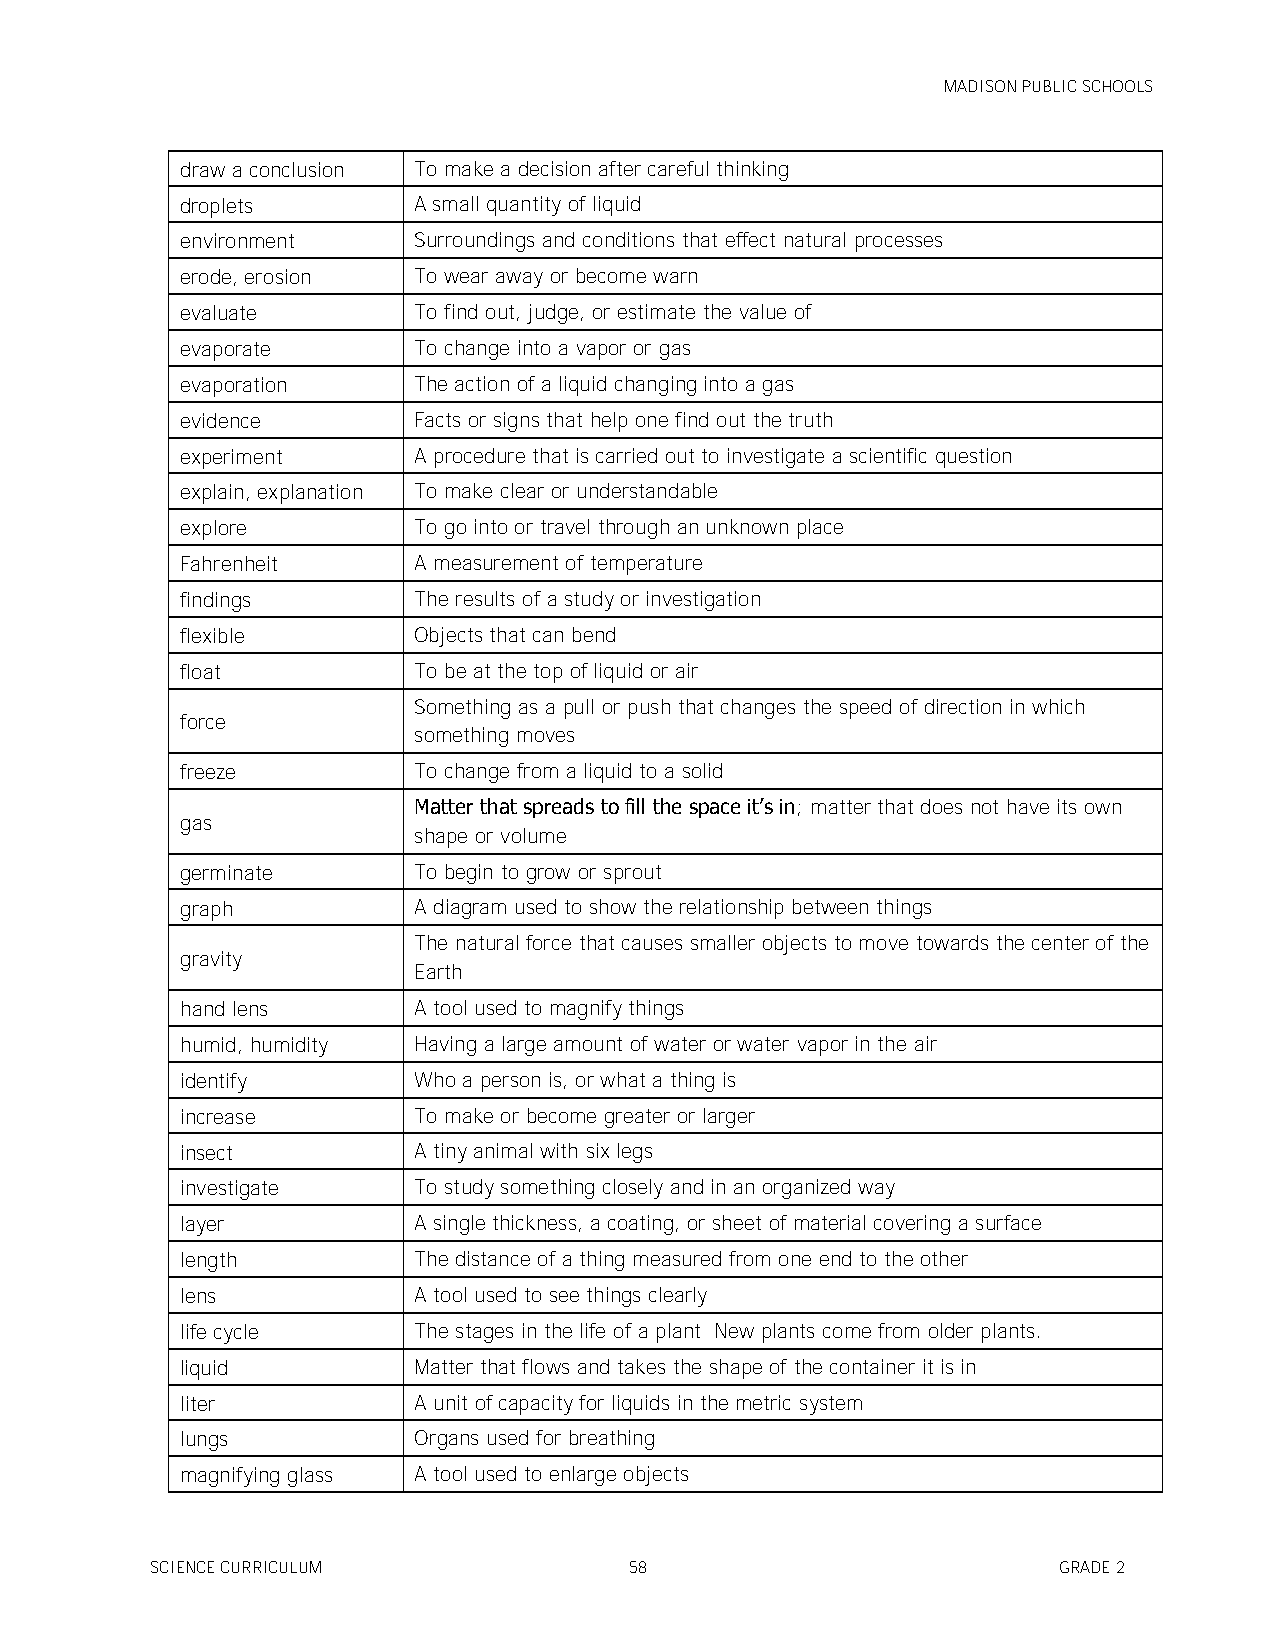
MADISON PUBLIC SCHOOLS
 draw a conclusion To make a decision after careful thinking
 droplets       A small quantity of liquid
 environment    Surroundings and conditions that effect natural processes
 erode, erosion To wear away or become warn
 evaluate       To find out, judge, or estimate the value of
 evaporate      To change into a vapor or gas
 evaporation    The action of a liquid changing into a gas
 evidence       Facts or signs that help one find out the truth
 experiment     A procedure that is carried out to investigate a scientific question
 explain, explanation To make clear or understandable
 explore        To go into or travel through an unknown place
 Fahrenheit     A measurement of temperature
 findings       The results of a study or investigation
 flexible       Objects that can bend
 float          To be at the top of liquid or air
 Something as a pull or push that changes the speed of direction in which
 force
 something moves
 freeze         To change from a liquid to a solid
 Matter that spreads to fill the space it’s in; matter that does not have its own
 gas
 shape or volume
 germinate      To begin to grow or sprout
 graph          A diagram used to show the relationship between things
 The natural force that causes smaller objects to move towards the center of the
 gravity
 Earth
 hand lens      A tool used to magnify things
 humid, humidity Having a large amount of water or water vapor in the air
 identify       Who a person is, or what a thing is
 increase       To make or become greater or larger
 insect         A tiny animal with six legs
 investigate    To study something closely and in an organized way
 layer          A single thickness, a coating, or sheet of material covering a surface
 length         The distance of a thing measured from one end to the other
 lens           A tool used to see things clearly
 life cycle     The stages in the life of a plant New plants come from older plants.
 liquid         Matter that flows and takes the shape of the container it is in
 liter          A unit of capacity for liquids in the metric system
 lungs          Organs used for breathing
 magnifying glass A tool used to enlarge objects
 SCIENCE CURRICULUM              58                          GRADE 2